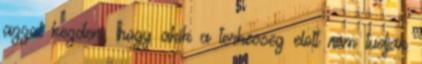
azzal kezdeni, hogy akik a terhesseg elott nem tudjak